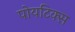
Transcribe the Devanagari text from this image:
पोयटिक्स